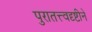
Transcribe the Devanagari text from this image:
पुरातत्त्वदृष्टीने